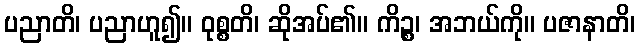
ပညာတိ၊ ပညာဟူ၍။ ဝုစ္စတိ၊ ဆိုအပ်၏။ ကိဉ္စ၊ အဘယ်ကို။ ပဇာနာတိ၊